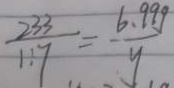
\frac { 2 3 3 } { 1 1 7 } = \frac { 6 . 9 9 g } { y }